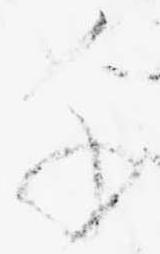
千